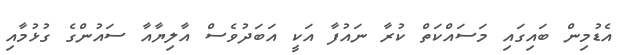
އެޑުމިން ބައިގައި މަސައްކަތް ކުރާ ނައުފާ އަކީ އަބަދުވެސް އާލިޔާއާ ސައުންގެ ގުޅުމާއި